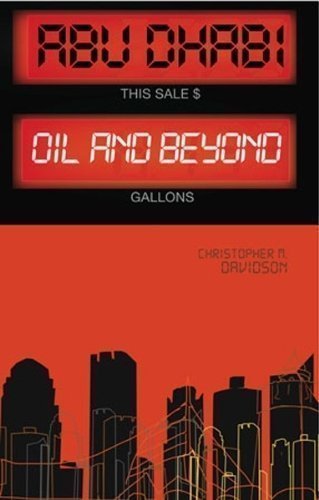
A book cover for Abu Dhabi: Oil and Beyond by Christopher M. Davidson (2011); History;